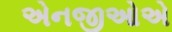
એનજીઓએ